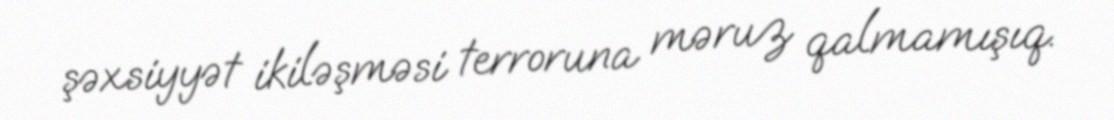
şəxsiyyət ikiləşməsi terroruna məruz qalmamışıq.